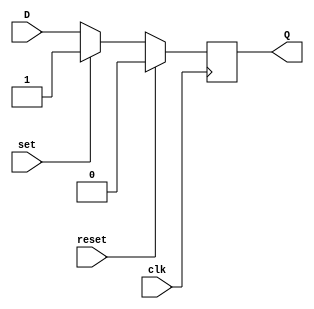
module d_ff_sync_reset_set (
    input wire clk,
    input wire reset,
    input wire set,
    input wire D,
    output reg Q
);

always @(posedge clk) begin
    if (reset) begin
        Q <= 1'b0;
    end else if (set) begin
        Q <= 1'b1;
    end else begin
        Q <= D;
    end
end

endmodule